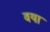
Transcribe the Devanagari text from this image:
वया